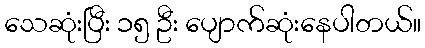
သေဆုံးပြီး ၁၅ ဦး ပျောက်ဆုံးနေပါတယ်။